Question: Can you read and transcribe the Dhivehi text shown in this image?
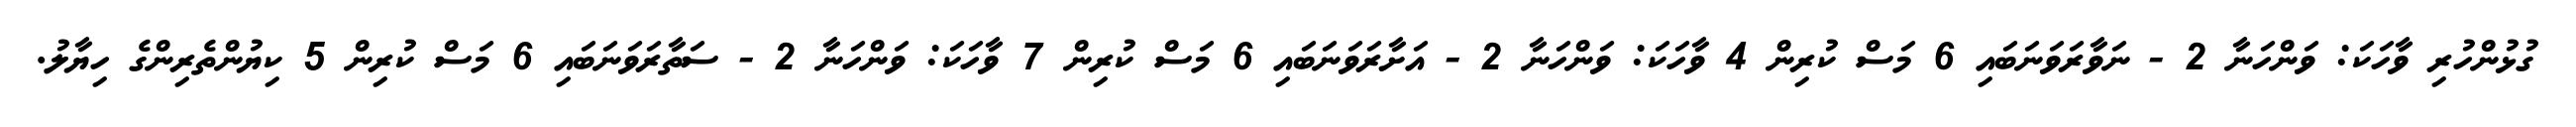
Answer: ގުޅުންހުރި ވާހަކަ: ވަންހަނާ 2 - ނަވާރަވަނަބައި 6 މަސް ކުރިން 4 ވާހަކަ: ވަންހަނާ 2 - އަށާރަވަނަބައި 6 މަސް ކުރިން 7 ވާހަކަ: ވަންހަނާ 2 - ސަތާރަވަނަބައި 6 މަސް ކުރިން 5 ކިޔުންތެރިންގެ ހިޔާލު.